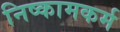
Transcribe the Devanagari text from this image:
निष्कामकर्म